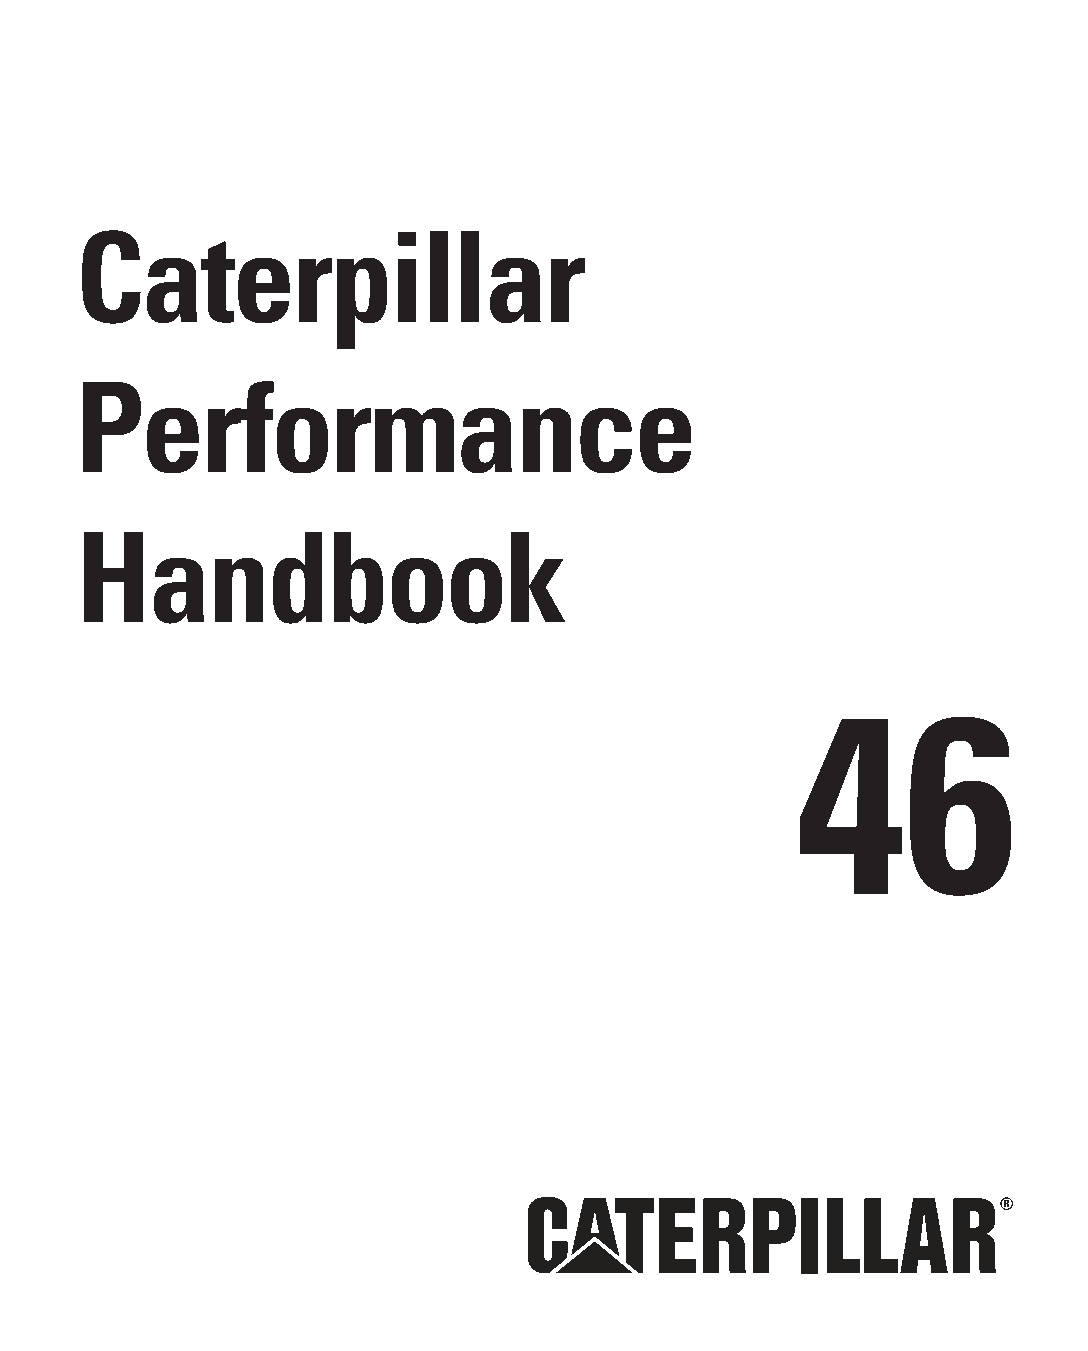
Caterpillar
 Performance
 Handbook
 46
 46
 SEBD0351-46
 © 2016 Caterpillar • All Rights Reserved
 CAT, CATERPILLAR, SAFETY.CAT.COM, their respective logos, “Caterpillar Yellow”
 and the “Power Edge” trade dress, as well as corporate and product identity used
 herein, are trademarks of Caterpillar and may not be used without permission.
 EEnngglliisshh__CCoovveerr__BBWW22..iinndddd 11                                                                                                            1122//44//1155 1100::1166 AAMM
 Caterpillar
 Performance
 Handbook